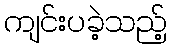
ကျင်းပခဲ့သည့်